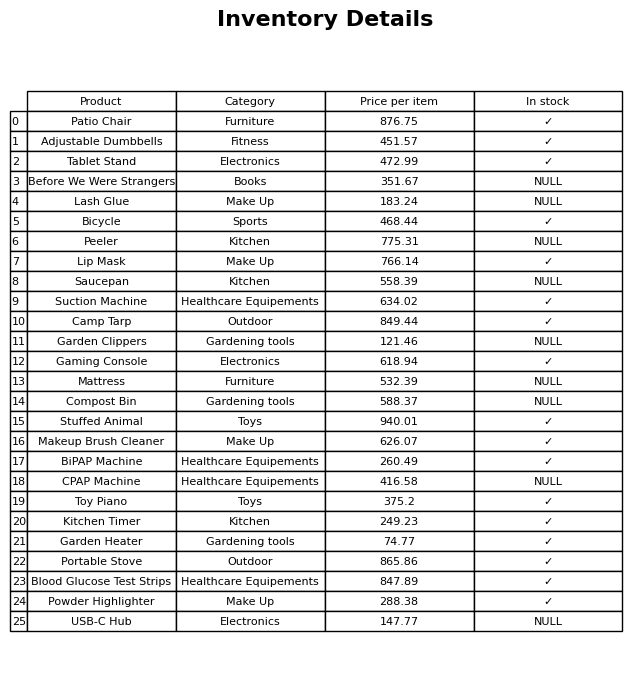
question: Is the Adjustable Dumbbells in stock?
answer: ✓